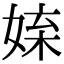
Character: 𡝥